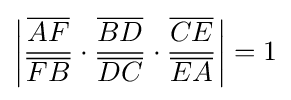
\left|{\frac {\overline {AF}}{\overline {FB}}}\cdot {\frac {\overline {BD}}{\overline {DC}}}\cdot {\frac {\overline {CE}}{\overline {EA}}}\right|=1